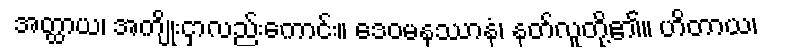
အတ္ထာယ၊ အကျိုးငှာလည်းကောင်း။ ဒေဝမနုဿာနံ၊ နတ်လူတို့၏။ ဟိတာယ၊